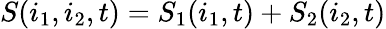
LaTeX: S(i_{1},i_{2},t)=S_{1}(i_{1},t)+S_{2}(i_{2},t)